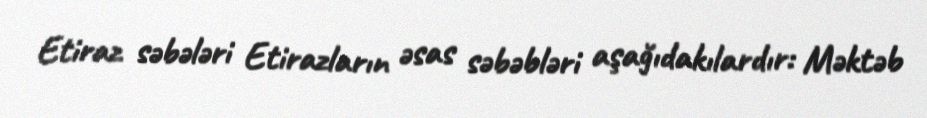
Etiraz səbələri Etirazların əsas səbəbləri aşağıdakılardır: Məktəb